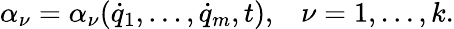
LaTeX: \alpha_{\nu}=\alpha_{\nu}({\dot{q}}_{1},\dots,{\dot{q}}_{m},t),\; \; \; \nu=1,\dots,k.